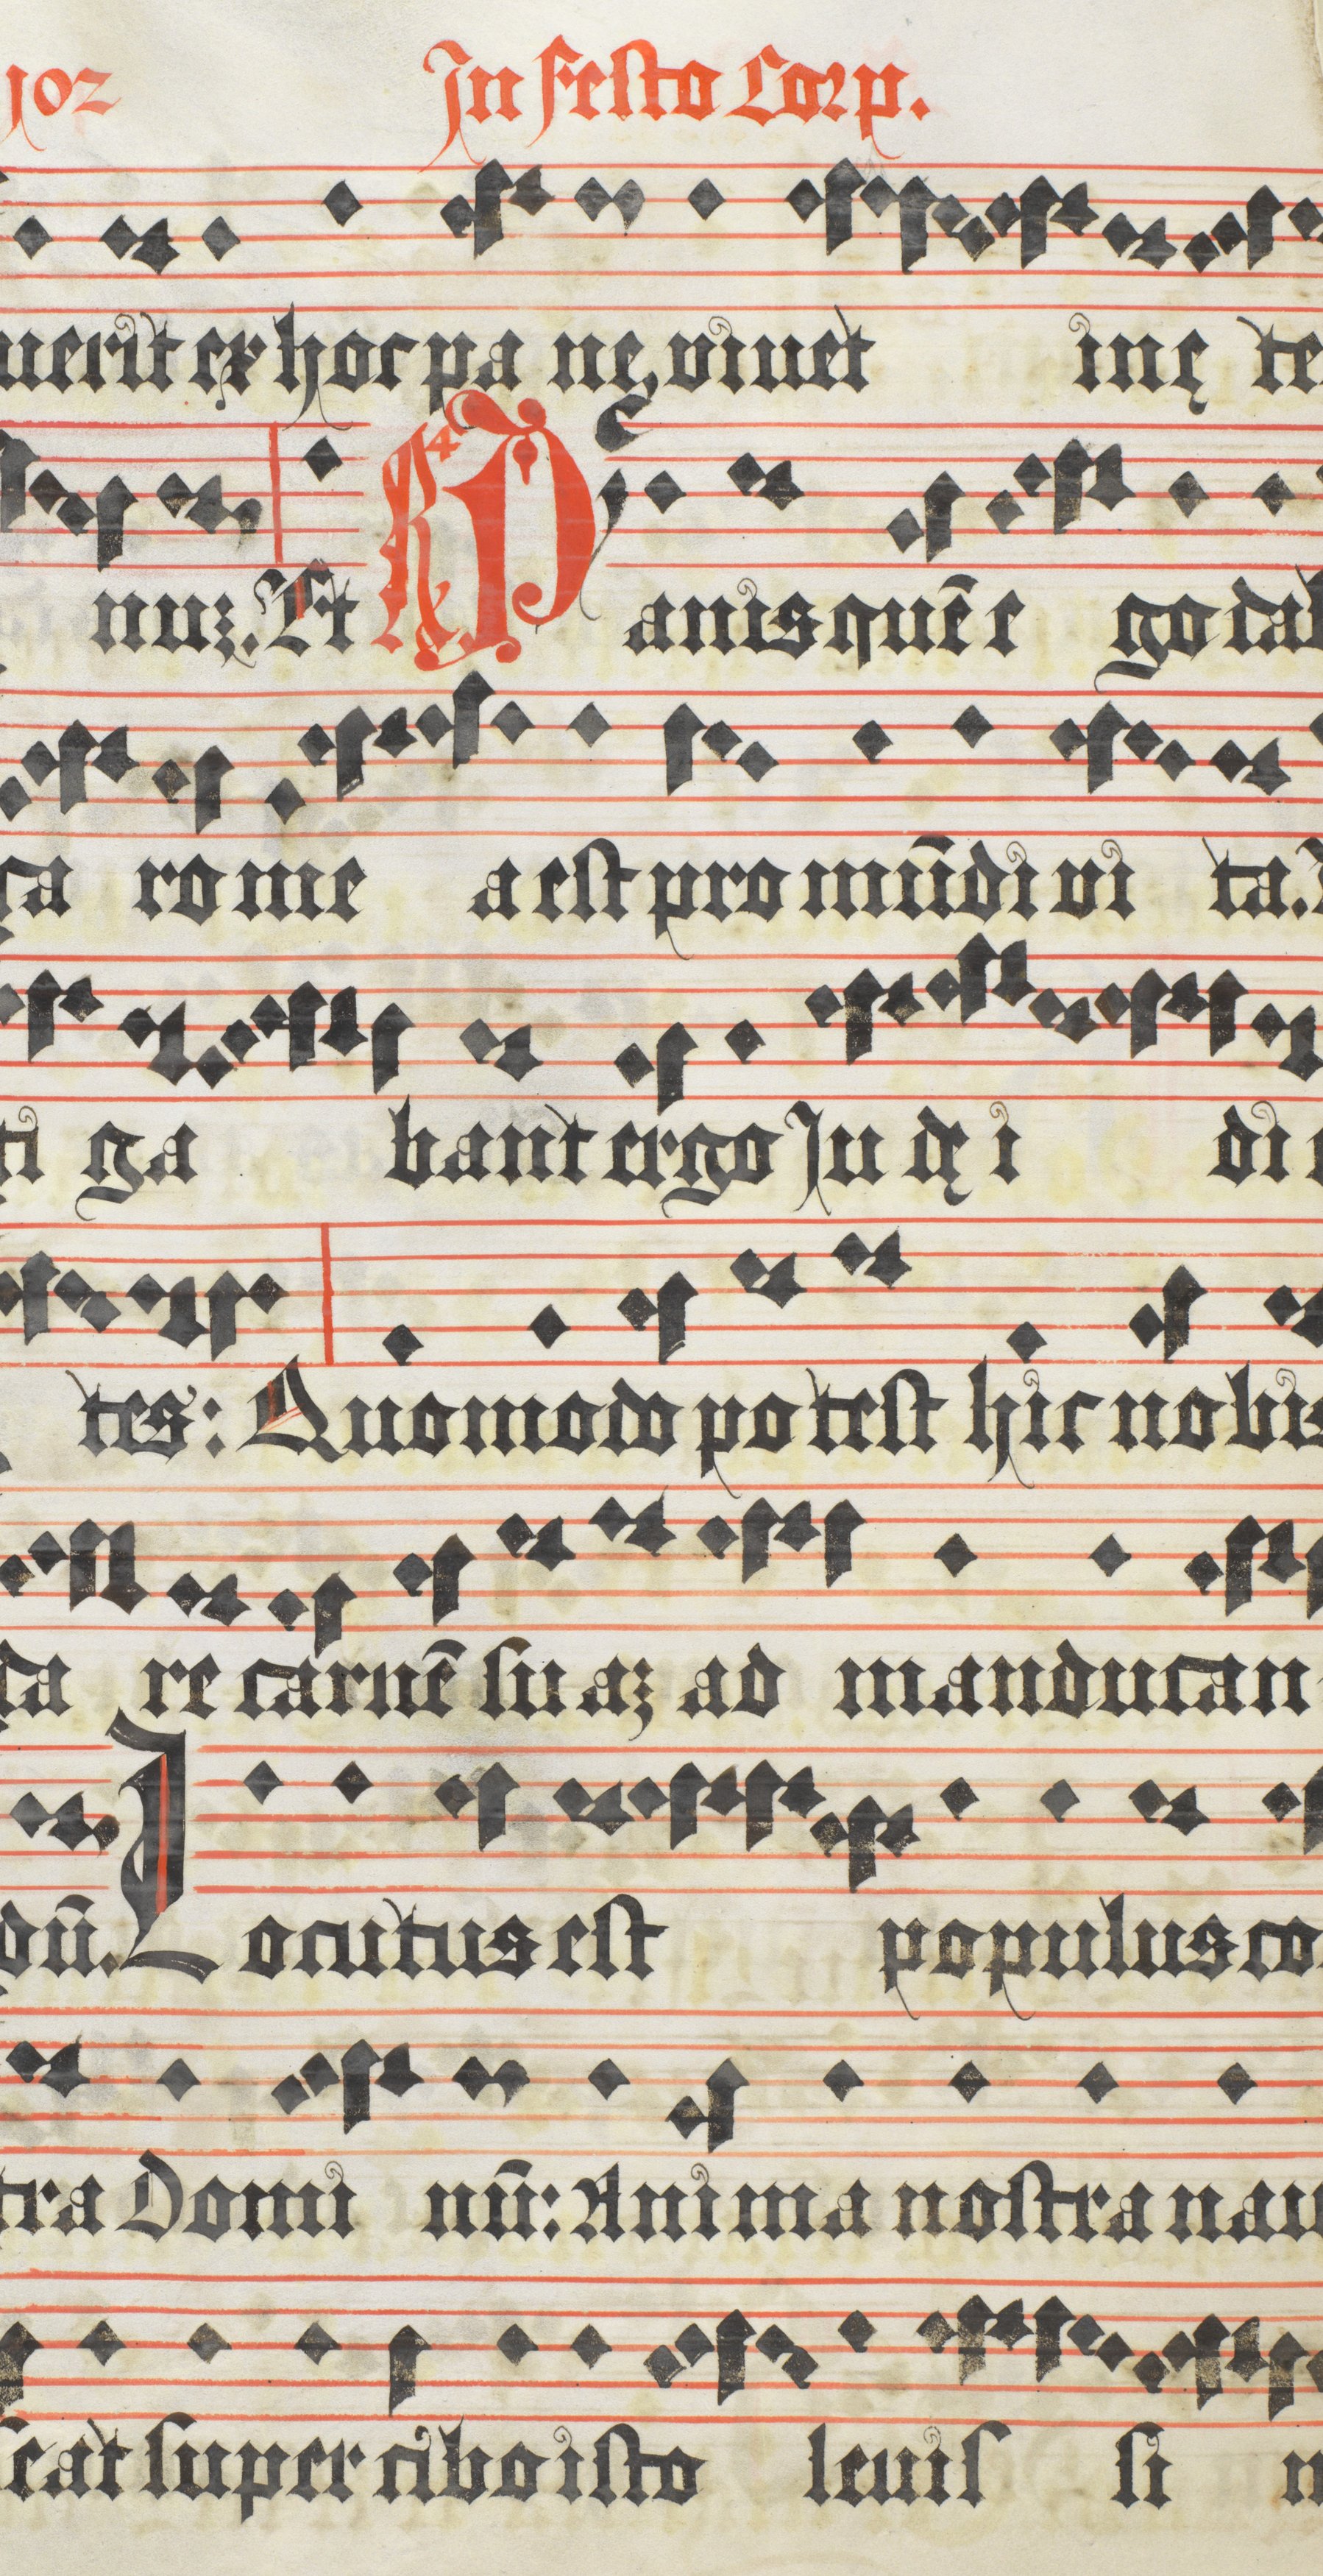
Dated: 1618–1618